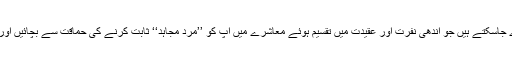
روزی کمانے کے لئے کئی ایسے موضوعات ڈھونڈے جاسکتے ہیں جو اندھی نفرت اور عقیدت میں تقسیم ہوئے معاشرے میں آپ کو ’’مردِ مجاہد‘‘ ثابت کرنے کی حماقت سے بچائیں اور کرکٹ ایسے موضوعات میں سرفہرست ہو سکتا ہے۔